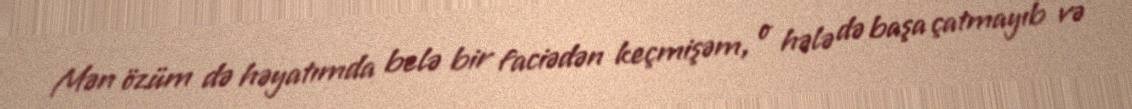
Mən özüm də həyatımda belə bir faciədən keçmişəm, o hələ də başa çatmayıb və